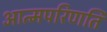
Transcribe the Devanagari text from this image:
आत्मपरिणति